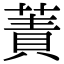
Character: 蔶